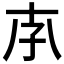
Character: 𡥇